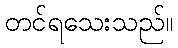
တင်ရသေးသည်။